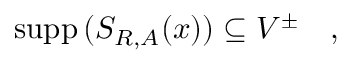
\mathrm { s u p p } \, ( S _ { R , A } ( x ) ) \subseteq V ^ { \pm } \quad ,